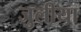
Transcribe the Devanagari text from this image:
जुलीया